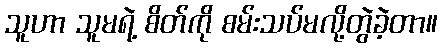
သူဟာ သူမရဲ့ စိတ်ကို စမ်းသပ်မလို့တွဲခဲ့တာ။